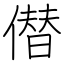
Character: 僣